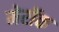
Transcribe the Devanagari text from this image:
मेरॉक